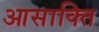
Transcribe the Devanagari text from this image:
आसाक्ति